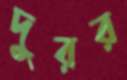
দুরর